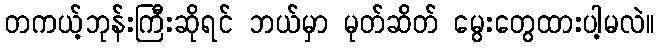
တကယ့်ဘုန်းကြီးဆိုရင် ဘယ်မှာ မုတ်ဆိတ် မွေးတွေထားပါ့မလဲ။